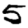
Digit: 5